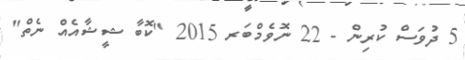
5 ދުވަސް ކުރިން - 22 ނޮވެމްބަރ 2015 "ކޮބާ ޝީޝާއެއް ނެތް"